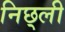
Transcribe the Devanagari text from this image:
निछ्ली